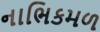
નાભિકમળ